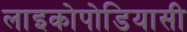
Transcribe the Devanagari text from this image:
लाइकोपोडियासी